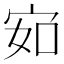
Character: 𰌽